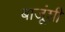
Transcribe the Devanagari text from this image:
बाजूंशी